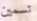
تسمين